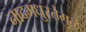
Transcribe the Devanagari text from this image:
नादमधुरतेमुळे